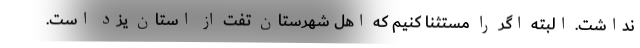
نداشت. البته اگر را مستثنا کنیم که اهل شهرستان تفت از استان یزد است.